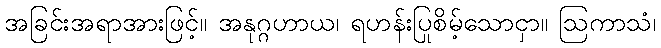
အခြင်းအရာအားဖြင့်။ အနုဂ္ဂဟာယ၊ ရဟန်းပြုစိမ့်သောငှာ။ ဩကာသံ၊